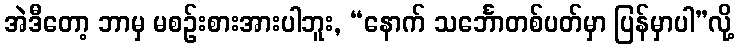
အဲဒီတော့ ဘာမှ မစဉ်းစားအားပါဘူး, “နောက် သင်္ဘောတစ်ပတ်မှာ ပြန်မှာပါ”လို့